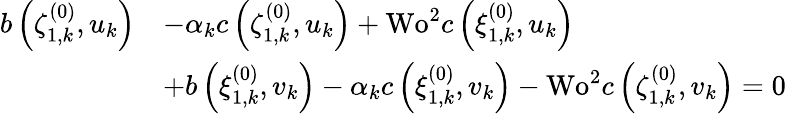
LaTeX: \begin{array}{rl}{b\left(\zeta_{1,k}^{(0)},u_{k}\right)}&{-\alpha_{k}c\left(\zeta_{1,k}^{(0)},u_{k}\right)+\textrm{Wo}^{2}c\left(\xi_{1,k}^{(0)},u_{k}\right)}\\ &{+b\left(\xi_{1,k}^{(0)},v_{k}\right)-\alpha_{k}c\left(\xi_{1,k}^{(0)},v_{k}\right)-\textrm{Wo}^{2}c\left(\zeta_{1,k}^{(0)},v_{k}\right)=0}\end{array}